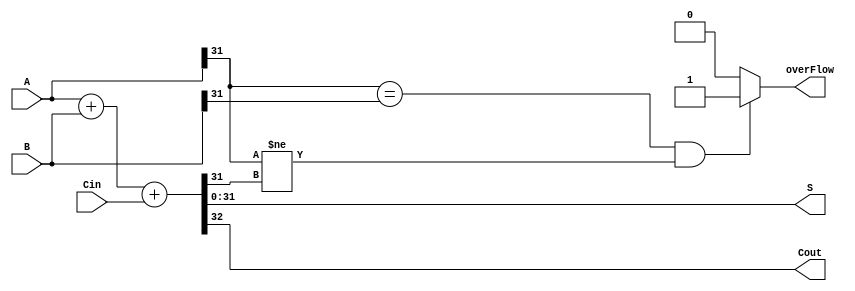
module basicAdder(
    input [31:0] A,
    input [31:0] B,
    input Cin, 
    output [31:0] S,
    output Cout,
    output overFlow
);

assign {Cout , S}= A + B + Cin ;

assign overFlow = (A[31] == B[31] && A[31] != S[31]) ? 1'b1 : 1'b0;
endmodule